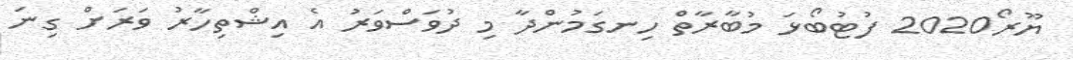
ޔޫރޯ2020 ފުޓުބޯޅަ މުބާރާތް ހިނގަމުންދާ މި ދުވަސްވަރު އެ އިޝްތިހާރު ވަރަށް ގިނަ